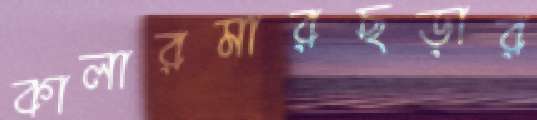
কালারমারছড়ার